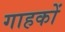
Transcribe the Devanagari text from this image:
गाहकों